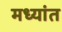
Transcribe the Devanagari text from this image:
मध्यांत